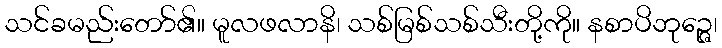
သင်ခမည်းတော်၏။ မူလဖလာနိ၊ သစ်မြစ်သစ်သီးတို့ကို။ နစာပိဘုဉ္ဇေ၊